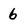
Character: b